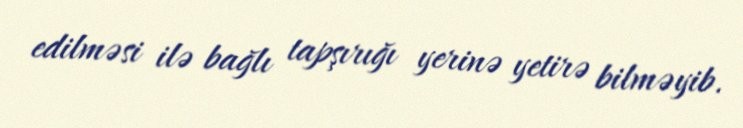
edilməsi ilə bağlı tapşırığı yerinə yetirə bilməyib.